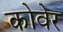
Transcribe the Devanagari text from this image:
कोवेर